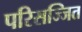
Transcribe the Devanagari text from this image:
परिसज्जित